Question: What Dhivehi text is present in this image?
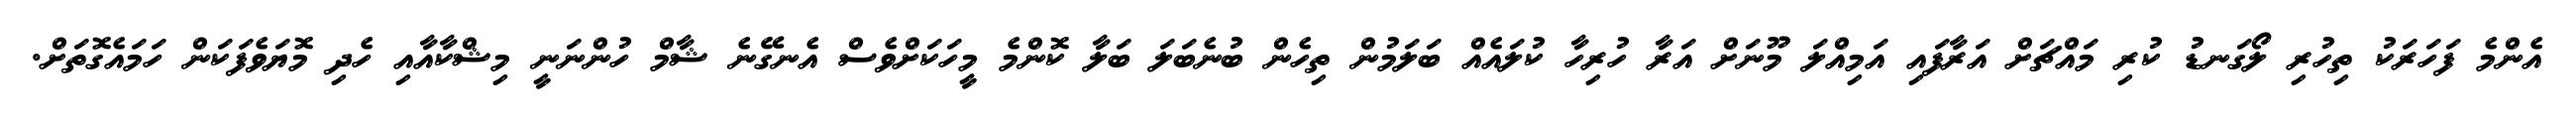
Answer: އެންމެ ފަހަރަކު ތިހުރި ލޯގަނޑު ކުރި މައްޗަށް އަރާފައި އަމިއްލަ މޫނަށް އަރާ ހުރިހާ ކުލައެއް ބަލަމުން ތިހެން ބުނެބަލަ ބަލާ ކޮންމެ މީހަކަށްވެސް އެނގޭނެ ޝާމް ހުންނަނީ މިޝްކާއާއި ހެދި މޮޔަވެފަކަން ހަމައެގޮތަށް.